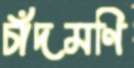
চাঁদমণি